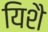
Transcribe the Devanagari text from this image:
यिशै